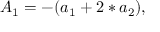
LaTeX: A _ { 1 } = - ( a _ { 1 } + 2 * a _ { 2 } ) ,